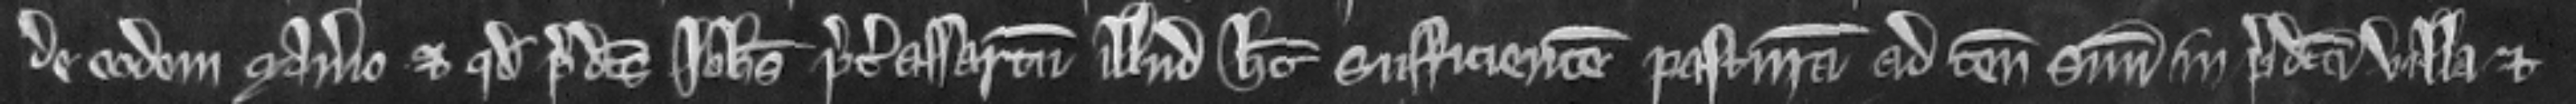
de eodem manerio et quod predictus Iohannes preter assartum illud habet sufficientem pasturam ad tenementum suum in predicta villa et